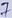
Text: 7